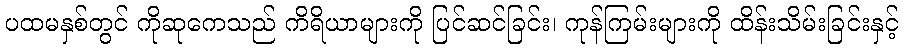
ပထမနှစ်တွင် ကိုဆုကေသည် ကိရိယာများကို ပြင်ဆင်ခြင်း၊ ကုန်ကြမ်းများကို ထိန်းသိမ်းခြင်းနှင့်